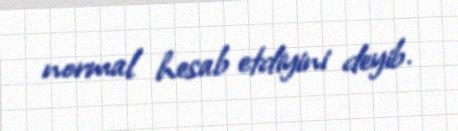
normal hesab etdiyini deyib.